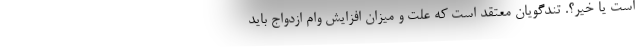
است یا خیر؟. تندگویان معتقد است که علت و میزان افزایش وام ازدواج باید